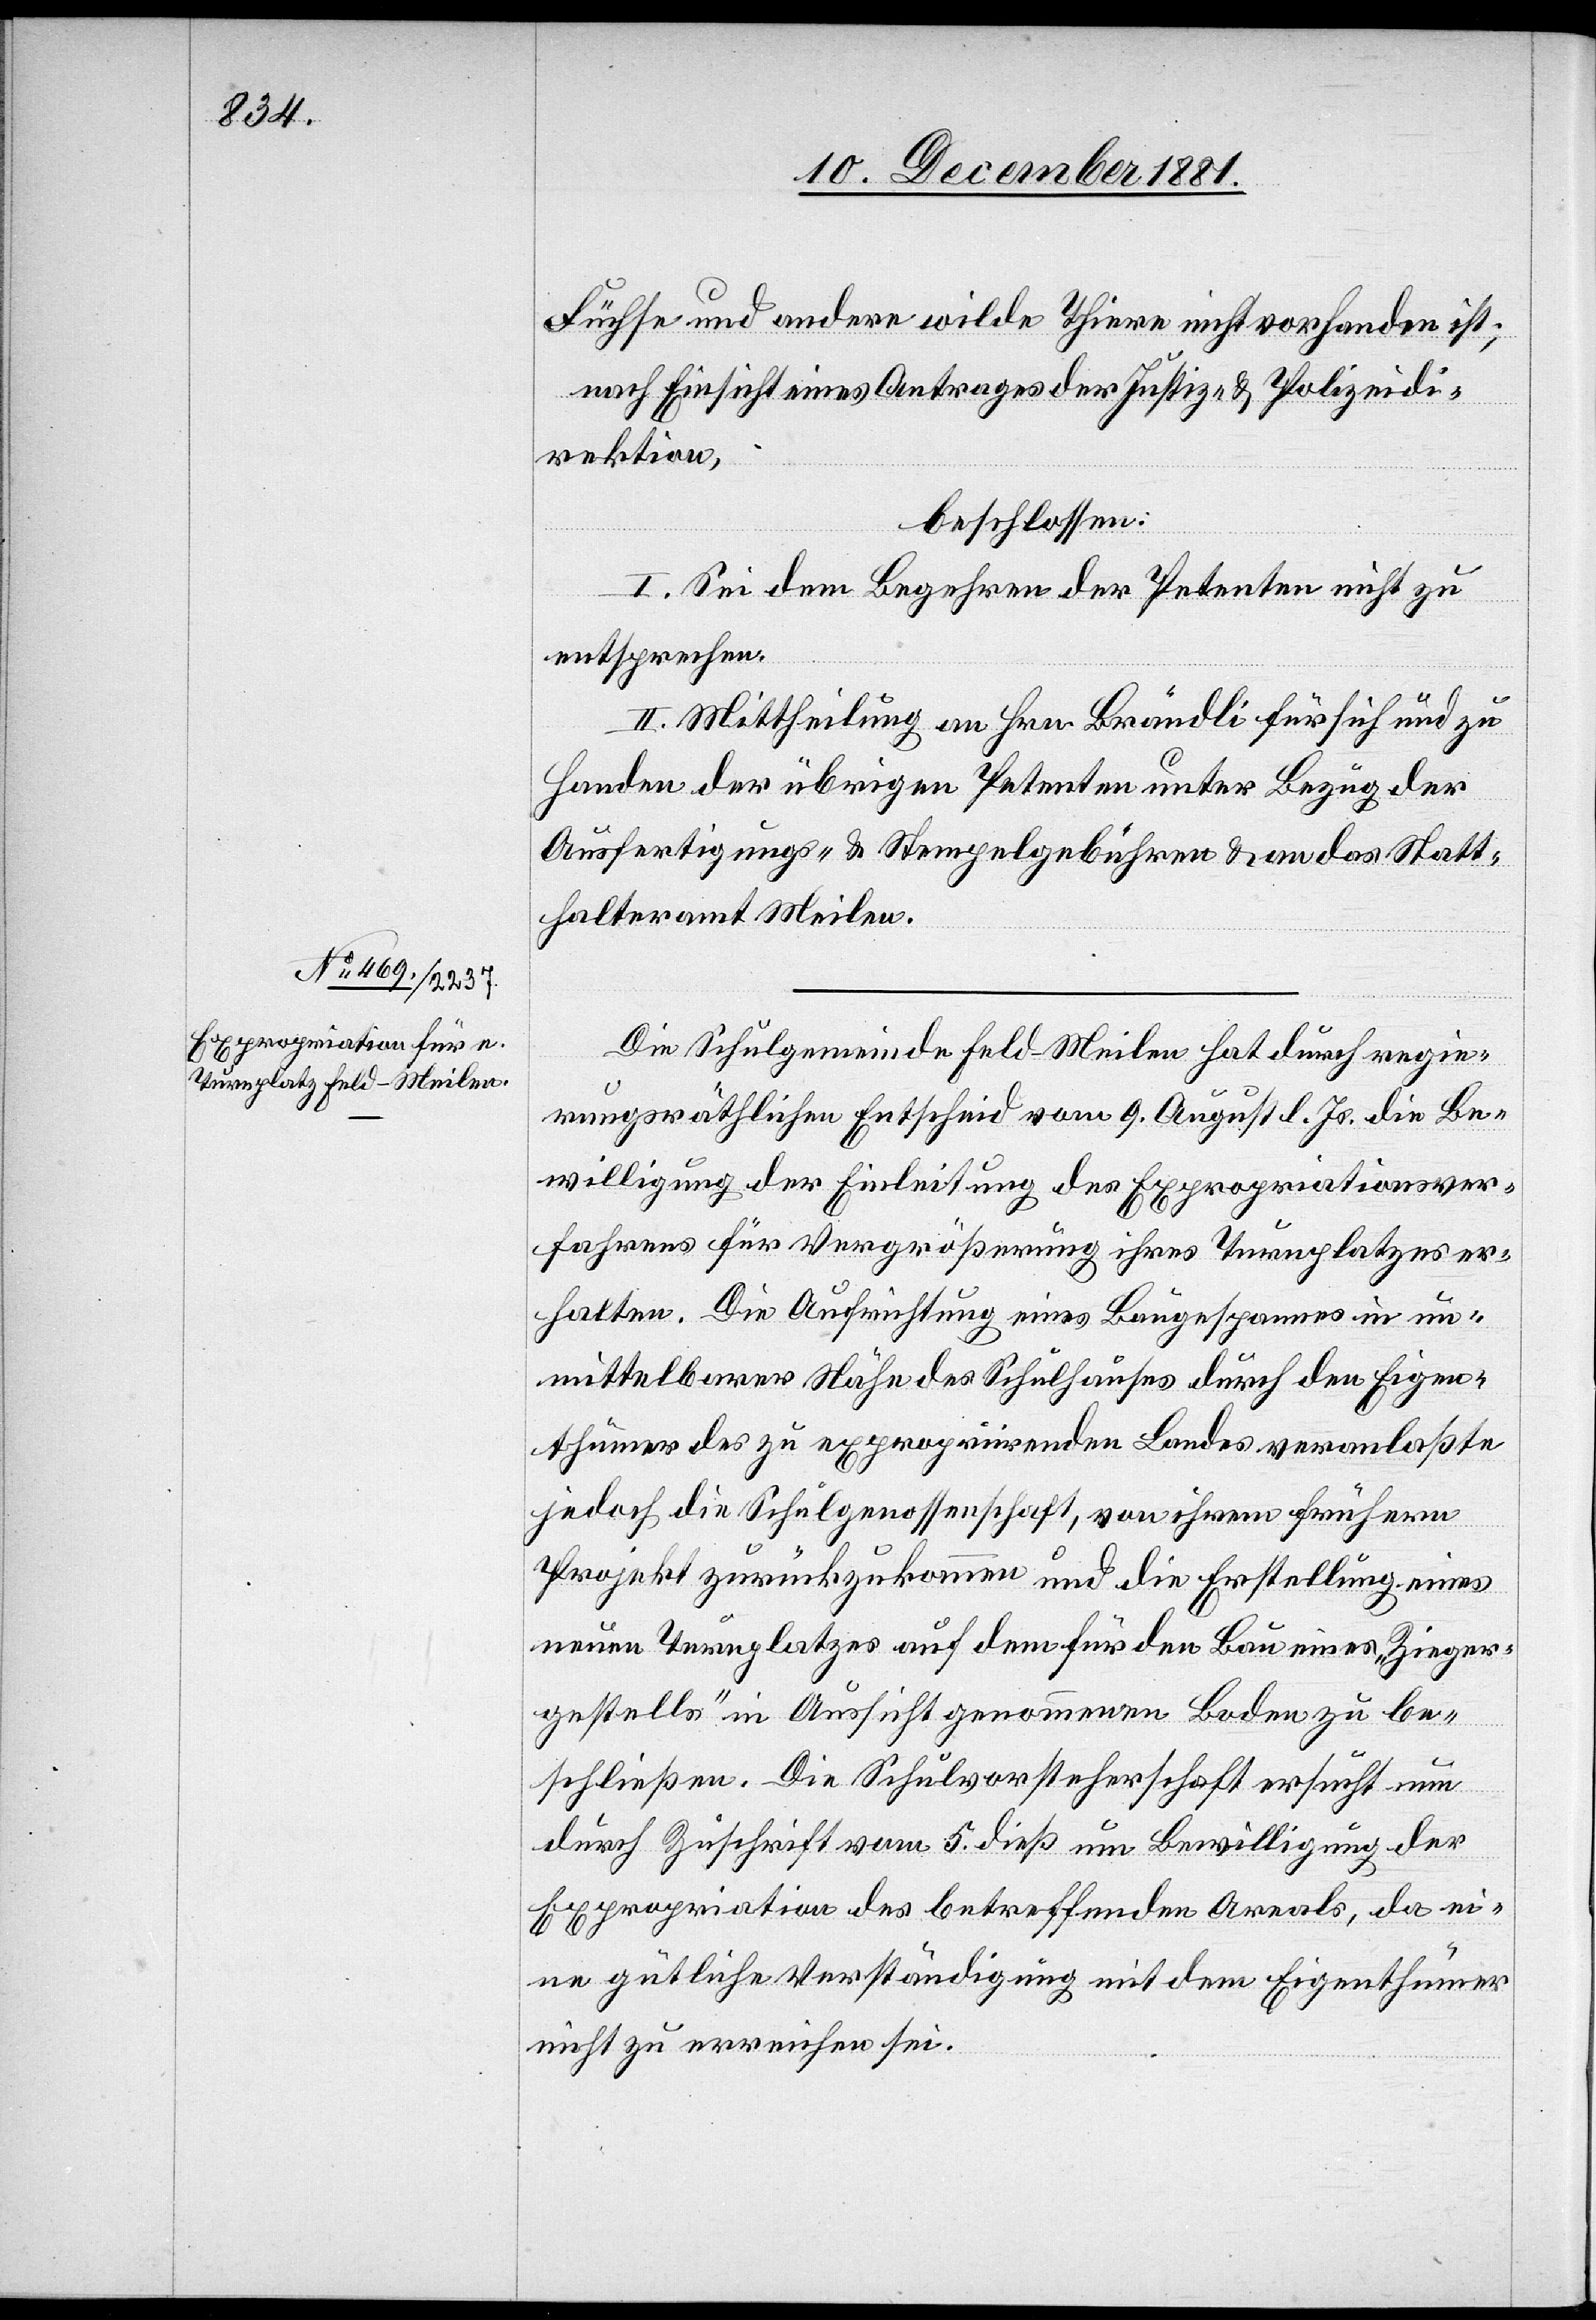
Füchse und andere wilde Thiere nicht vorhanden ist;
nach Einsicht eines Antrages der Justiz- & Polizeidi¬
rektion,
beschlossen:
I. Sei dem Begehren der Petenten nicht zu
entsprechen.
II. Mittheilung an Hrn. Brändli für sich und zu
Handen der übrigen Petenten unter Bezug der
Ausfertigungs- & Stempelgebühren & an das Statt¬
halteramt Meilen.
Die Schulgemeinde Feld-Meilen hat durch regie¬
rungsräthlichen Entscheid vom 9. August l. Js. die Be¬
willigung der Einleitung des Expropriationsver¬
fahrens für Vergrößerung ihres Turnplatzes er¬
halten. Die Aufrichtung eines Baugespannes in un¬
mittelbarer Höhe des Schulhauses durch den Eigen¬
thümer des zu expropriierenden Landes veranlaßte
jedoch die Schulgenossenschaft, von ihrem frühern
Projekt zurückzukommen und die Erstellung eines
neuen Turnplatzes auf dem für den Bau eines „Zieger¬
gestells“ in Aussicht genommenen Boden zu be¬
schließen. Die Schulvorsteherschaft ersucht nun
durch Zuschrift vom 5. dieß um Bewilligung der
Expropriation des betreffenden Areals, da ei¬
ne gütliche Verständigung mit dem Eigenthümer
nicht zu erreichen sei.